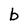
Character: b